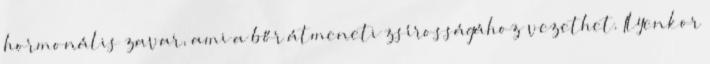
hormonális zavar, ami a bőr átmeneti zsírosságához vezethet. Ilyenkor